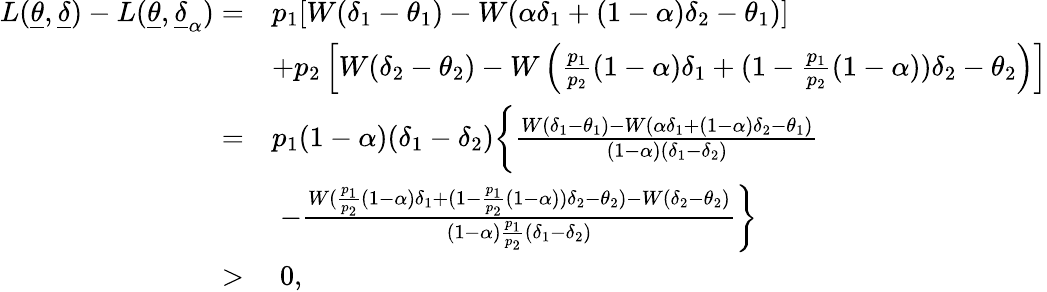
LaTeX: \begin{array}{rl}{L(\underline{{\theta}},\underline{{\delta}})-L(\underline{{\theta}},\underline{{\delta}}_{\alpha})=}&{p_{1}[W(\delta_{1}-\theta_{1})-W(\alpha\delta_{1}+(1-\alpha)\delta_{2}-\theta_{1})]}\\ &{+p_{2}\left[W(\delta_{2}-\theta_{2})-W\left(\frac{p_{1}}{p_{2}}(1-\alpha)\delta_{1}+(1-\frac{p_{1}}{p_{2}}(1-\alpha))\delta_{2}-\theta_{2}\right)\right]}\\ {=}&{p_{1}(1-\alpha)(\delta_{1}-\delta_{2})\bigg\{ \frac{W(\delta_{1}-\theta_{1})-W(\alpha\delta_{1}+(1-\alpha)\delta_{2}-\theta_{1})}{(1-\alpha)(\delta_{1}-\delta_{2})}}\\ &{\; -\frac{W(\frac{p_{1}}{p_{2}}(1-\alpha)\delta_{1}+(1-\frac{p_{1}}{p_{2}}(1-\alpha))\delta_{2}-\theta_{2})-W(\delta_{2}-\theta_{2})}{(1-\alpha)\frac{p_{1}}{p_{2}}(\delta_{1}-\delta_{2})}\bigg\} }\\ {>}&{\; 0,}\end{array}